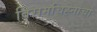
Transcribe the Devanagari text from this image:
विरामचिह्नांचा